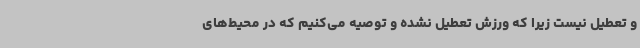
و تعطیل نیست زیرا که ورزش تعطیل نشده و توصیه می‌کنیم که در محیط‌های